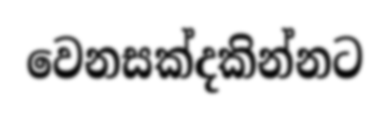
වෙනසක්දකින්නට